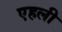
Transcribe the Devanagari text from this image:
एहली